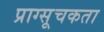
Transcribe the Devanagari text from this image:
प्राग्सूचकता